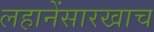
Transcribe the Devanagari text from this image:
लहानेंसारखाच